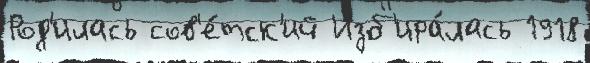
Род'илась сов'е́тск'ий Изб'ира́лась 1918